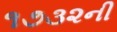
૧૭૩૨ની